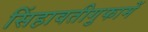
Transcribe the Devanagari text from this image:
सिंहावतीगुफामें